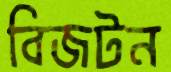
বিজটন